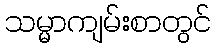
သမ္မာကျမ်းစာတွင်